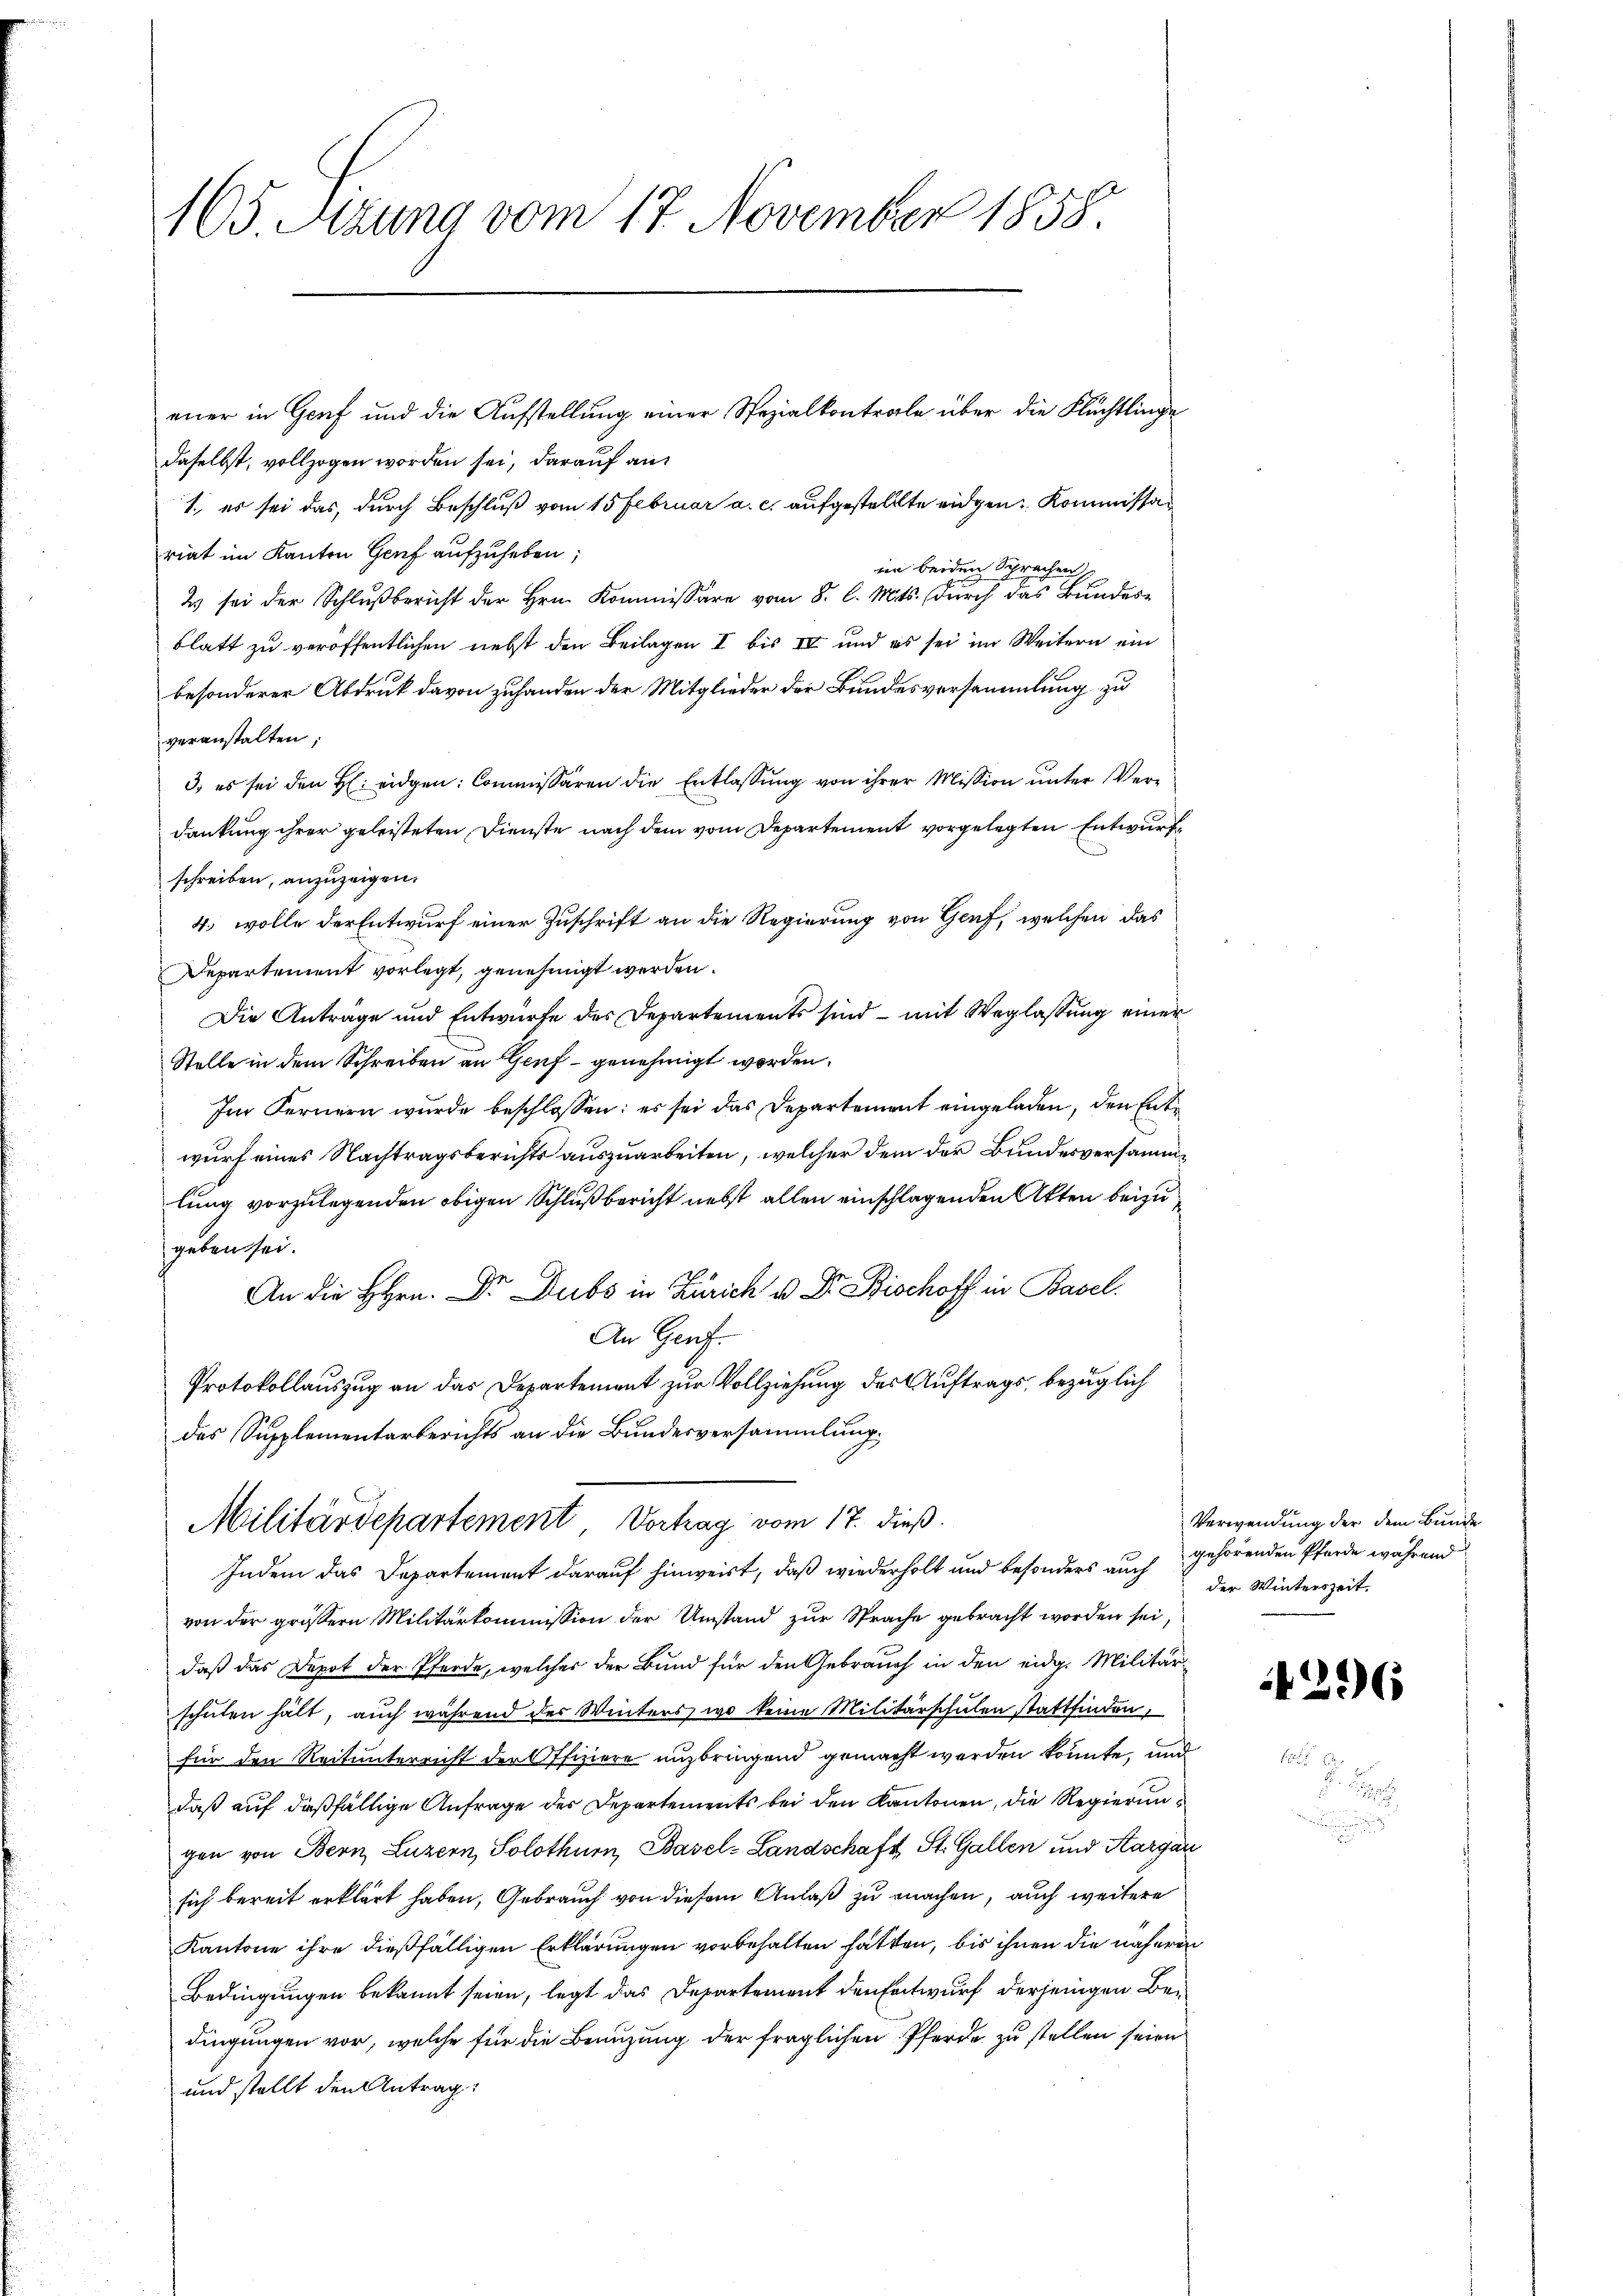
165 Sizung vom 17. November 1858.

daselbst, vollzogen worden sei, darauf an¬
1., es sei das, durch Beschluß vom 15 Februar a. c. aufgestellte eidgen. Kommissar
riat im Kanton Genf aufzuheben,
in beiden Sprachen
2 sei der Schlußbericht der Hrn. Kommissäre vom 8. l. Mts. (durch das Bundesblatt zu veröffentlichen nebst den Beilagen I bis IV und es sei im Weitern ein
besonderer Abdruck davon zuhanden der Mitglieder der Bundesversammlung zu
veranstalten;
3) es sei den H. eidgen. Commissären die Entlassung von ihrer Mission unter Verdankung ihrer geleisteten Dienste nach dem vom Departement vorgelegten Entwurfschreiben, anzuzeigen.
4. wolle der Entwurf einer Zuschrift an die Regierung von Genf, welchen das
Departement vorlegt, genehmigt werden.
Die Anträge und Entwürfe des Departements sind – mit Weglassung einer
Stelle in dem Schreiben an Genf genehmigt worden.
Im Fernern wurde beschlossen: es sei das Departement eingeladen, den Entwurf eines Nachtragsberichts auszuarbeiten, welcher dem der Bundesversammlung vorzulegenden obigen Schluß bericht nebst allen einschlagenden Atten beizu
geben sei.
An die Hrn. Dr. Dubs in Zürich u. Dr. Bischoff in Basel.
An Genf.
Protokollauszug an das Departement zur Vollziehung der Auftrags, bezüglich
des Supplementarberichts an die Bundesversammlung.

einer in Genf und die Aufstellung einer Spezialkontrale über die Flüchtlinge

Militärdepartement Vortrag vom 17. dieß.
Indem das Departement darauf hinweist, daß wiederholt und besonders auch

von der grössern Militärkommission der Umstand zur Sprache gebracht worden sei,
daß das Depot der Pferde, welcher der Bund für den Gebrauch in den eidg. Militärschaten hält, auch während des Winters, wo keine Militärschulen stattfinden,
für den Reitunterricht der Offiziere unzbringend gemacht werden könnte, und
daß auf dißfällige Anfrage der Departements bei den Kantonen, die Regierungen von Bern, Luzern, Solothurn, Basel-Landschaft St. Gallen und Kargau
sich bereit erklärt haben, Gebrauch von diesem Anlaß zu machen, auch weitere
Kantone ihre dießfälligen Erklärungen vorbehalten hatten, bis ihnen die näheren
Bedingungen bekannt seien, legt das Departement den Entwurf derjenigen Bedingungen vor, welche für die Benuzung der fraglichen Pferde zu stellen seien
und stellt den Antrag

Verwendung der dem Bunde
gehörenden Pferde während
der Winterszeit.

4296